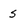
Character: s